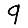
Digit: 9